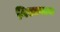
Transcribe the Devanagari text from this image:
निश्चयाय